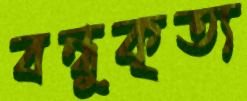
বন্ধুকৃত্য